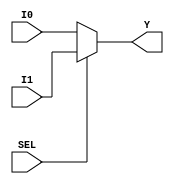
module Mux_2to1(
    input       wire    [31:0]      I0,
    input       wire    [31:0]      I1,
    input       wire                SEL,
    output      wire    [31:0]      Y
);

assign  Y   =   SEL ?   I1 : I0;

endmodule